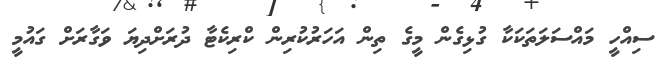
ސިއްހީ މައްސަލަތަކަކާ ގުޅިގެން މީގެ ތިން އަހަރުކުރިން ކްރިކެޓާ ދުރަށްދިޔަ ވަގާރަށް ގައުމީ